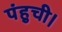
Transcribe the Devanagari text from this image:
पंहुची।